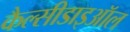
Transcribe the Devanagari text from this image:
कैल्सीडाइऑल